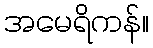
အမေရိကန်။